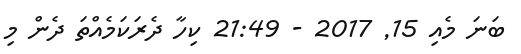
ބަނަ މެއި 15